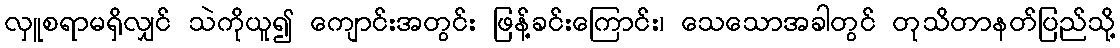
လှူစရာမရှိလျှင် သဲကိုယူ၍ ကျောင်းအတွင်း ဖြန့်ခင်းကြောင်း၊ သေသောအခါတွင် တုသိတာနတ်ပြည်သို့